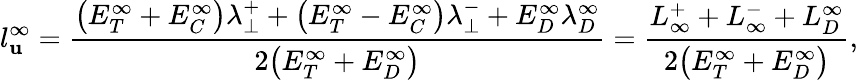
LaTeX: l_{\mathbf{u}}^{\infty}=\frac{{\big(E_{T}^{\infty}+E_{C}^{\infty}\big)\lambda_{\perp}^{+}+\big(E_{T}^{\infty}-E_{C}^{\infty}\big)\lambda_{\perp}^{-}+E_{D}^{\infty}\lambda_{D}^{\infty}}}{{2\big(E_{T}^{\infty}+E_{D}^{\infty}\big)}}=\frac{{L_{\infty}^{+}+L_{\infty}^{-}+L_{D}^{\infty}}}{{2\big(E_{T}^{\infty}+E_{D}^{\infty}\big)}},